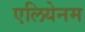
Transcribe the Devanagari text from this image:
एलियेनम